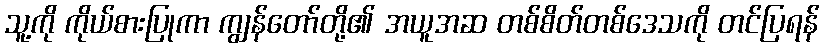
သူ့ကို ကိုယ်စားပြုကာ ကျွန်တော်တို့၏ အယူအဆ တစ်စိတ်တစ်ဒေသကို တင်ပြရန်